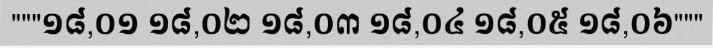
"""១៨,០១ ១៨,០២ ១៨,០៣ ១៨,០៤ ១៨,០៥ ១៨,០៦"""